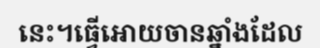
នេះ។ធ្វើអោយចានឆ្នាំងដែល